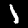
Label: 1